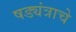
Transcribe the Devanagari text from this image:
षड्यंत्राचे